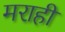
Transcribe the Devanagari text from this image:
मराही